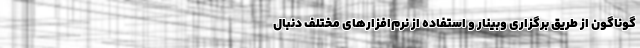
گوناگون از طریق برگزاری وبینار و استفاده از نرم‌افزارهای مختلف دنبال